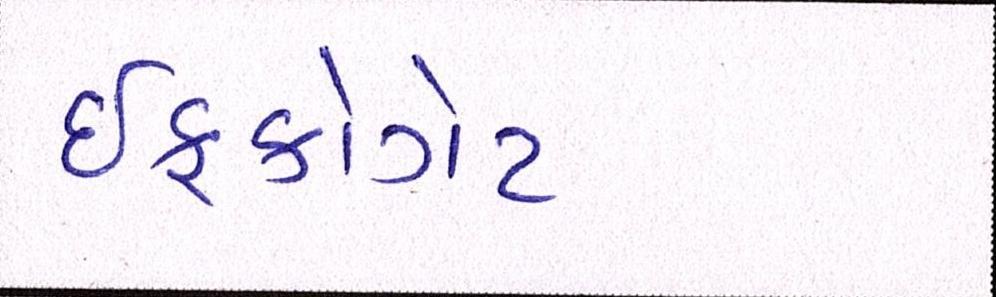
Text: ઈફકોગેટ